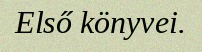
Első könyvei.